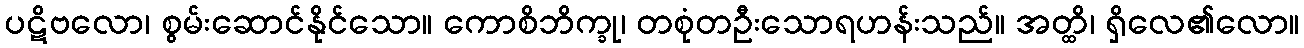
ပဋိဗလော၊ စွမ်းဆောင်နိုင်သော။ ကောစိဘိက္ခု၊ တစုံတဦးသောရဟန်းသည်။ အတ္ထိ၊ ရှိလေ၏လော။